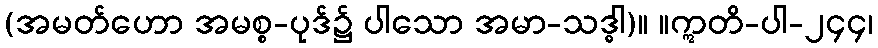
(အမတ်ဟော အမစ္စ-ပုဒ်၌ ပါသော အမာ-သဒ္ဓါ)။ ။ဣတိ-ပါ-၂၄၄၊